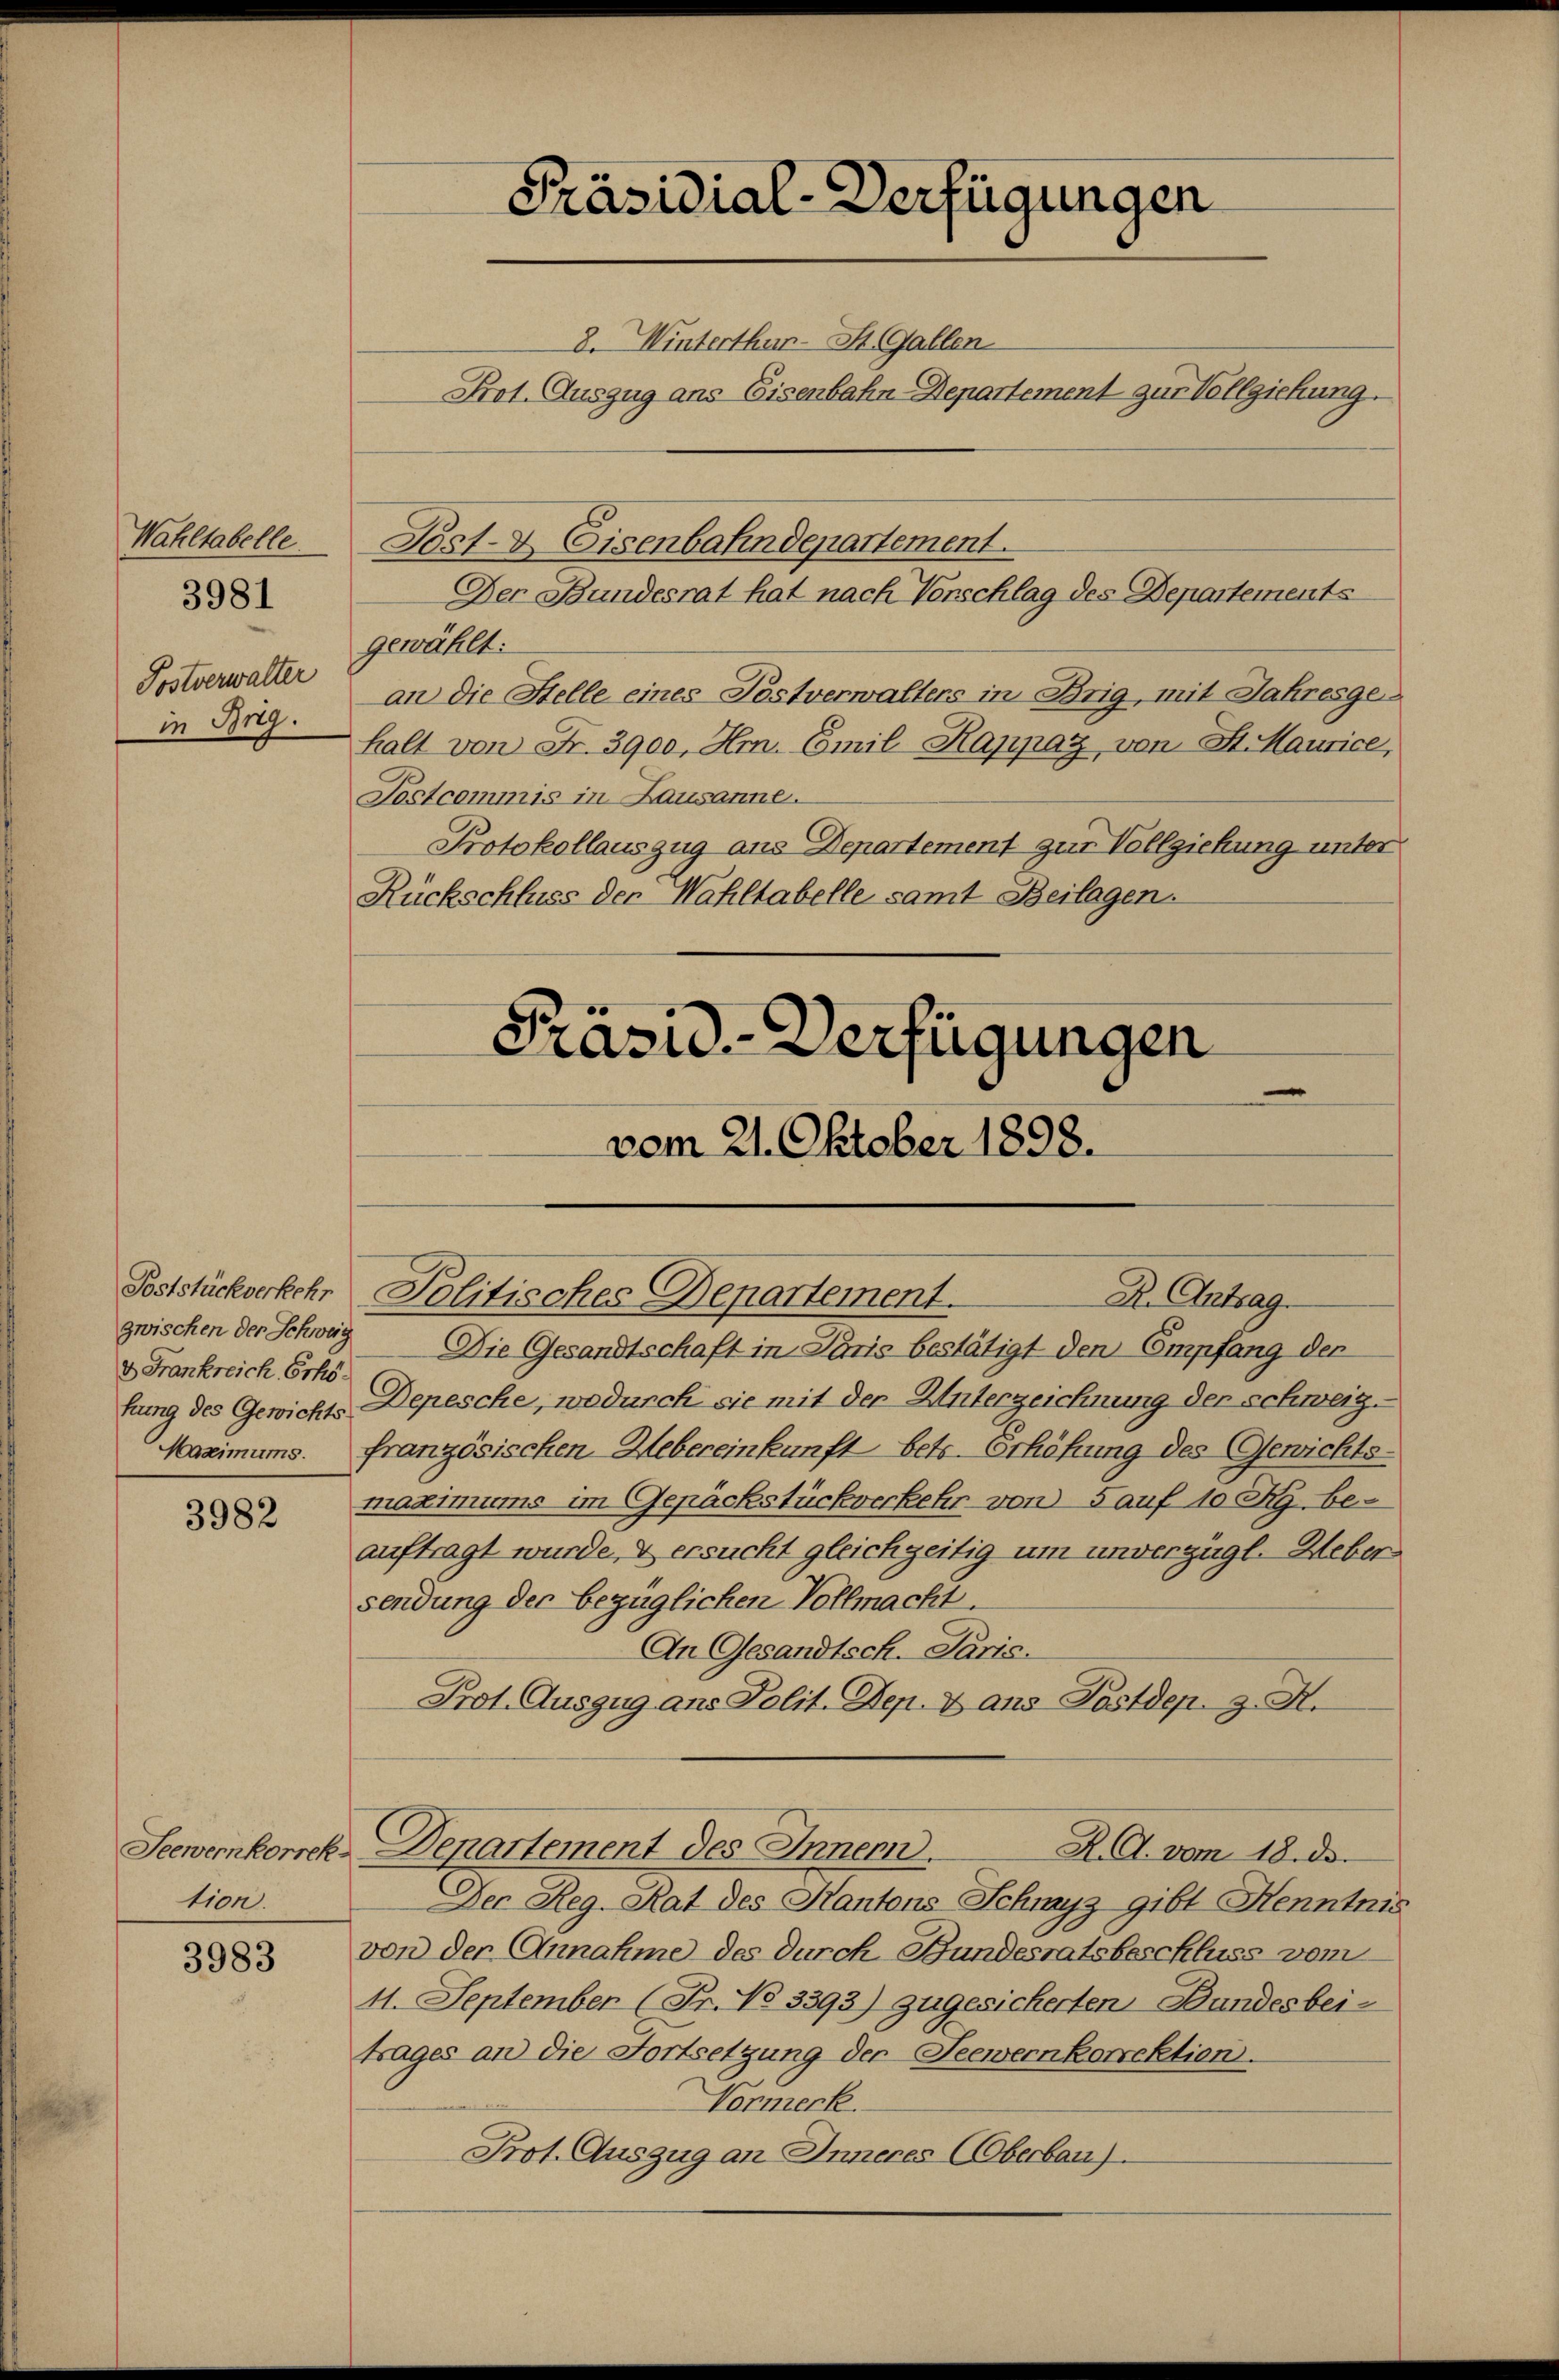
Wahltabelle
Postverwalter
in Brig.

3981

Poststückverkehr
zwischen der Schweig
d Frankreich Erhöfung des Gewichts
Maximums.

3982

Seewernkorrek
tion.

3983

Post- & Eisenbahndepartement.
Der Bandesrat hat nach Verschlag des Departements
gewählt:
an die Stelle eines Postverwalters in Brig, mit Jahresgehalt von Fr. 3900, Hrn. Emil Kappaz, von St. Maurice,
Jostcommis in Lausanne.
Protokollauszug aus Departement zur Vollziehung unter
Rückschluss der Wahltabelle samt Beilagen.

Präsidial-Verfügungen
8. Winterthur - St. Gallen
Prot. Auszug ans Eisenbahn-Departement zur Vollziehung.

Die Gesandtschaft in Paris bestätigt den Empfang der
Depesche, wodurch sie mit der Unterzeichnung der schweig.
französischen Uebereinkunft betr. Erhöhung des Gewichts-
maximums im Gepäckstückverkehr von 5 auf 10 Rp. beauftragt wurde, & ersucht gleichzeitig um unverzügl. Heber
sendung der bezüglichen Vollmacht.
An Gesandtsch. Paris.
Prot. Auszug ans Polit. Dep. 8 ans Postdep. z. R.
Denartement des Innen.
R. G. vom 18. ds.
Der Reg. Rat des Kantons Schwyz gibt Henntnis
von der Annahme des durch Bundesratsbeschluss vom
11. September (Fr. No 3393) zugesicherten Bundesbeitrages an die Fortsetzung der Seewernkorektion.
Vormerk
Prot. Auszug an Inneres Oberbau).

Präsid-Verfügungen
vom 21. Oktober 1898.

Politisches Departement.
R. Antrag.